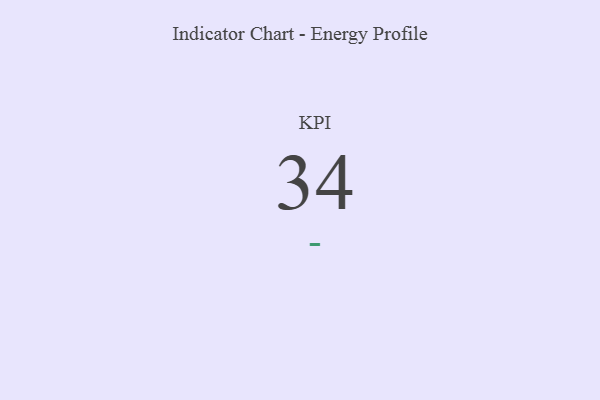
{"axis": {"x": "KPI", "y": "Value"}, "legend": [""], "data": [{"x": "KPI", "y": 34, "type": ""}]}